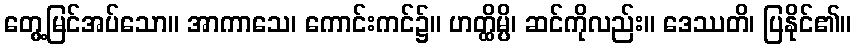
တွေ့မြင်အပ်သော။ အာကာသေ၊ ကောင်းကင်၌။ ဟတ္ထိမ္ပိ၊ ဆင်ကိုလည်း။ ဒေဿတိ၊ ပြနိုင်၏။